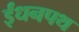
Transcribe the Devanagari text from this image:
ईंधनपथ